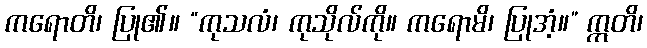
ကရောတိ၊ ပြု၏။ “ကုသလံ၊ ကုသိုလ်ကို။ ကရောမိ၊ ပြုအံ့။” ဣတိ၊